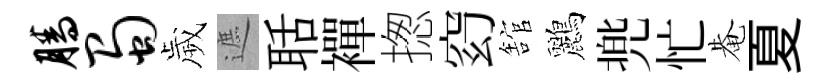
腾蜀歲遮聒襌揔𥥆舘鸝兠忙𤲅夏